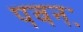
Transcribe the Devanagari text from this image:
पवनः